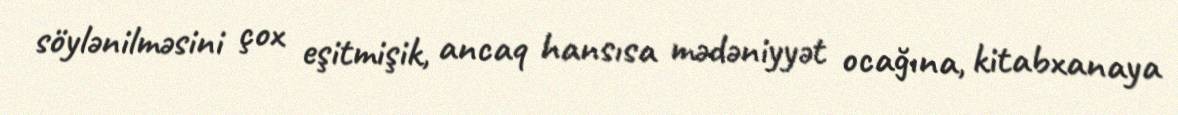
söylənilməsini çox eşitmişik, ancaq hansısa mədəniyyət ocağına, kitabxanaya